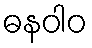
ဓနဝါဝ